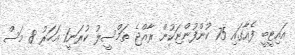
އައިޓީބީ ފެއާގައި 75 ކުންފުންޏަކުން ރާއްޖެ ތަމްސީލު ކުރަނީ1 އަހަރު 8 މަސް